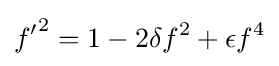
{f'}^{2}=1-2\delta f^{2}+\epsilon f^{4}